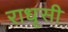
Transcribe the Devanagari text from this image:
राधृसी